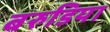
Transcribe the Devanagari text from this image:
बरुडिया